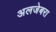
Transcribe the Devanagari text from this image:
अलजेबरा